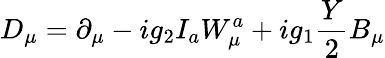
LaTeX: D_{\mu}=\partial_{\mu}-ig_{2}I_{a}W_{\mu}^{a}+ig_{1}\frac Y2B_{\mu}